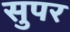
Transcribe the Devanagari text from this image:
सुपर